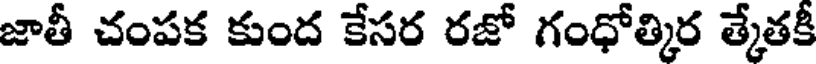
జాతీ చంపక కుంద కేసర రజో గంధోత్కిర త్కేతకీ